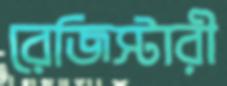
রেজিস্টারী